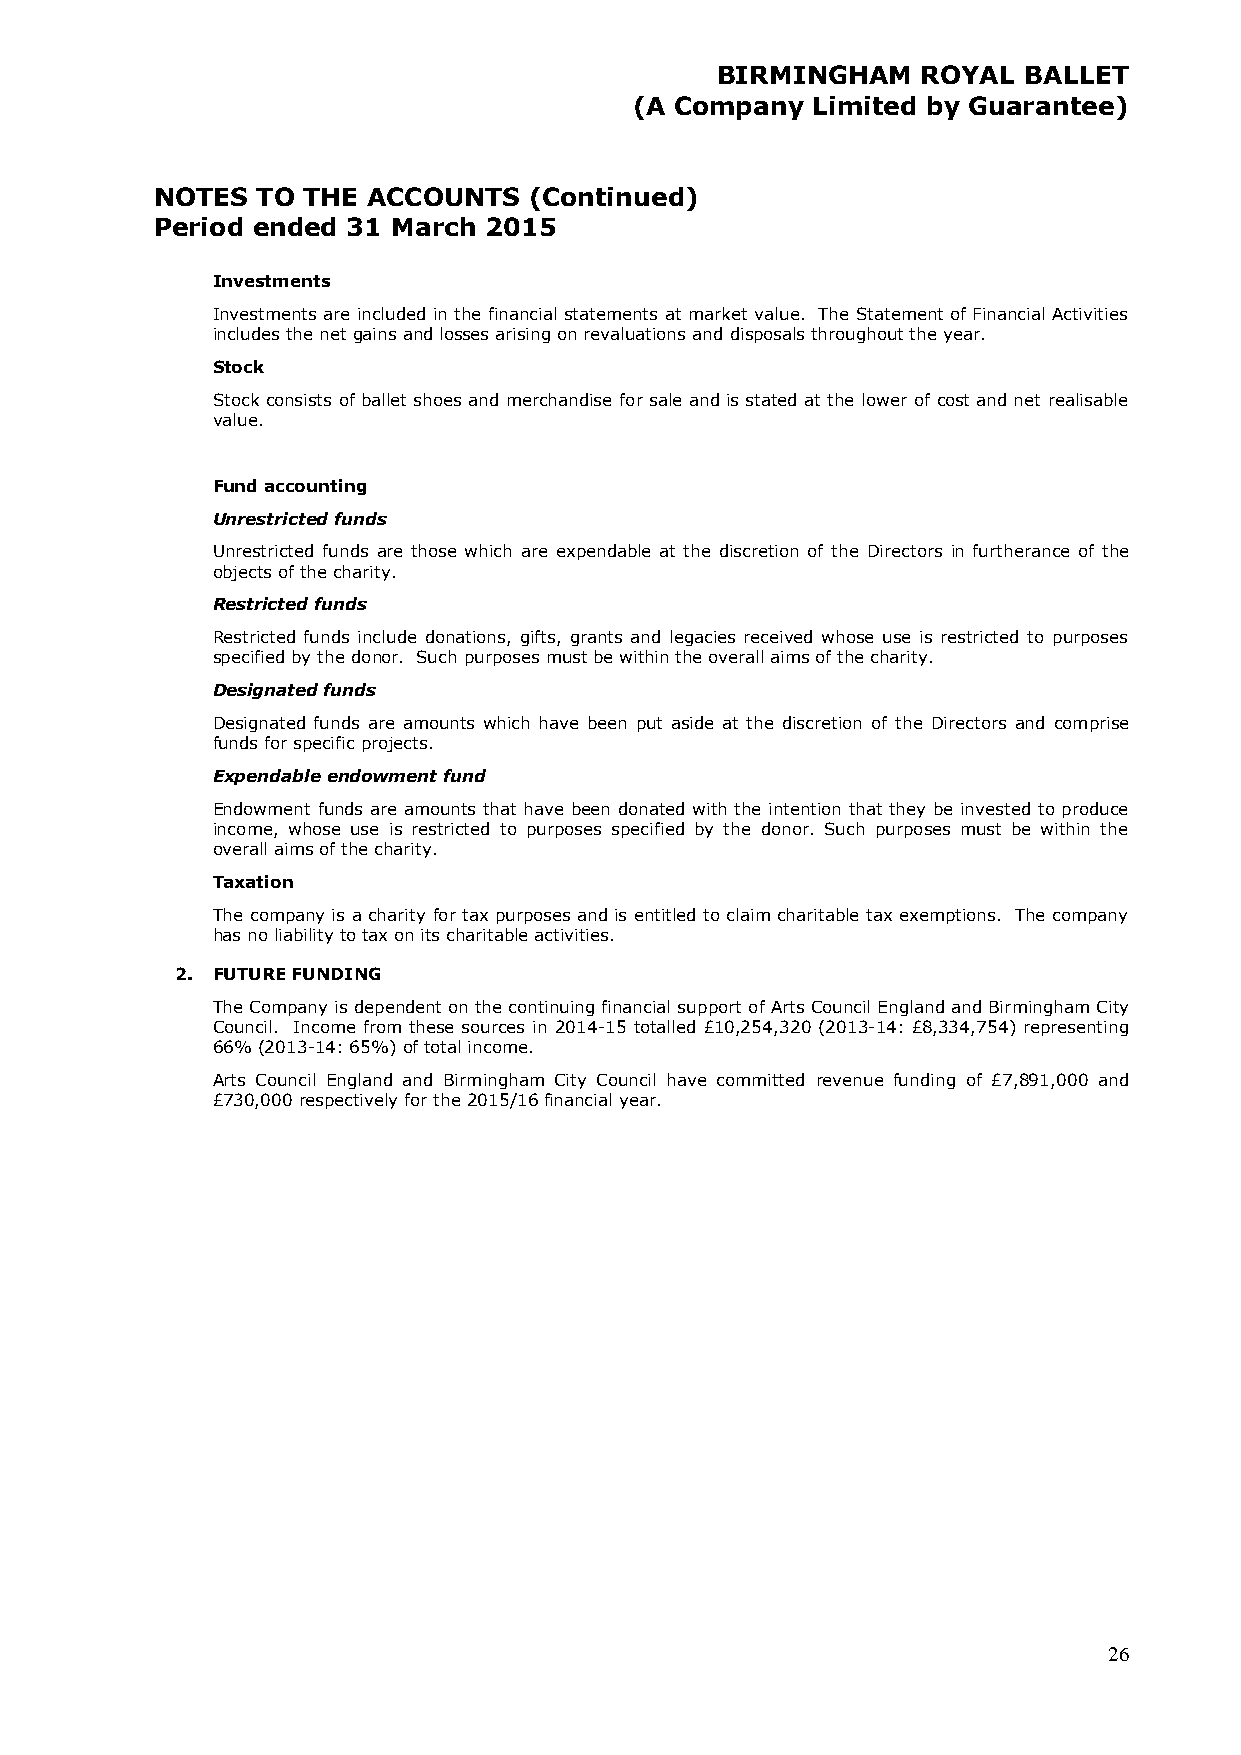
BIRMINGHAM    ROYAL  BALLET
 (A Company  Limited by Guarantee)
 NOTES  TO THE ACCOUNTS   (Continued)
 Period ended 31 March 2015
 Investments
 Investments are included in the financial statements at market value. The Statement of Financial Activities
 includes the net gains and losses arising on revaluations and disposals throughout the year.
 Stock
 Stock consists of ballet shoes and merchandise for sale and is stated at the lower of cost and net realisable
 value.
 Fund accounting
 Unrestricted funds
 Unrestricted funds are those which are expendable at the discretion of the Directors in furtherance of the
 objects of the charity.
 Restricted funds
 Restricted funds include donations, gifts, grants and legacies received whose use is restricted to purposes
 specified by the donor. Such purposes must be within the overall aims of the charity.
 Designated funds
 Designated funds are amounts which have been put aside at the discretion of the Directors and comprise
 funds for specific projects.
 Expendable endowment fund
 Endowment funds are amounts that have been donated with the intention that they be invested to produce
 income, whose use is restricted to purposes specified by the donor. Such purposes must be within the
 overall aims of the charity.
 Taxation
 The company is a charity for tax purposes and is entitled to claim charitable tax exemptions. The company
 has no liability to tax on its charitable activities.
 2. FUTURE FUNDING
 The Company is dependent on the continuing financial support of Arts Council England and Birmingham City
 Council. Income from these sources in 2014-15 totalled £10,254,320 (2013-14: £8,334,754) representing
 66% (2013-14: 65%) of total income.
 Arts Council England and Birmingham City Council have committed revenue funding of £7,891,000 and
 £730,000 respectively for the 2015/16 financial year.
 26